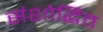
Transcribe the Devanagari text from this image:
संशोद्धित